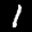
Label: 1